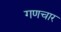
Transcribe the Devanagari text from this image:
गणचार